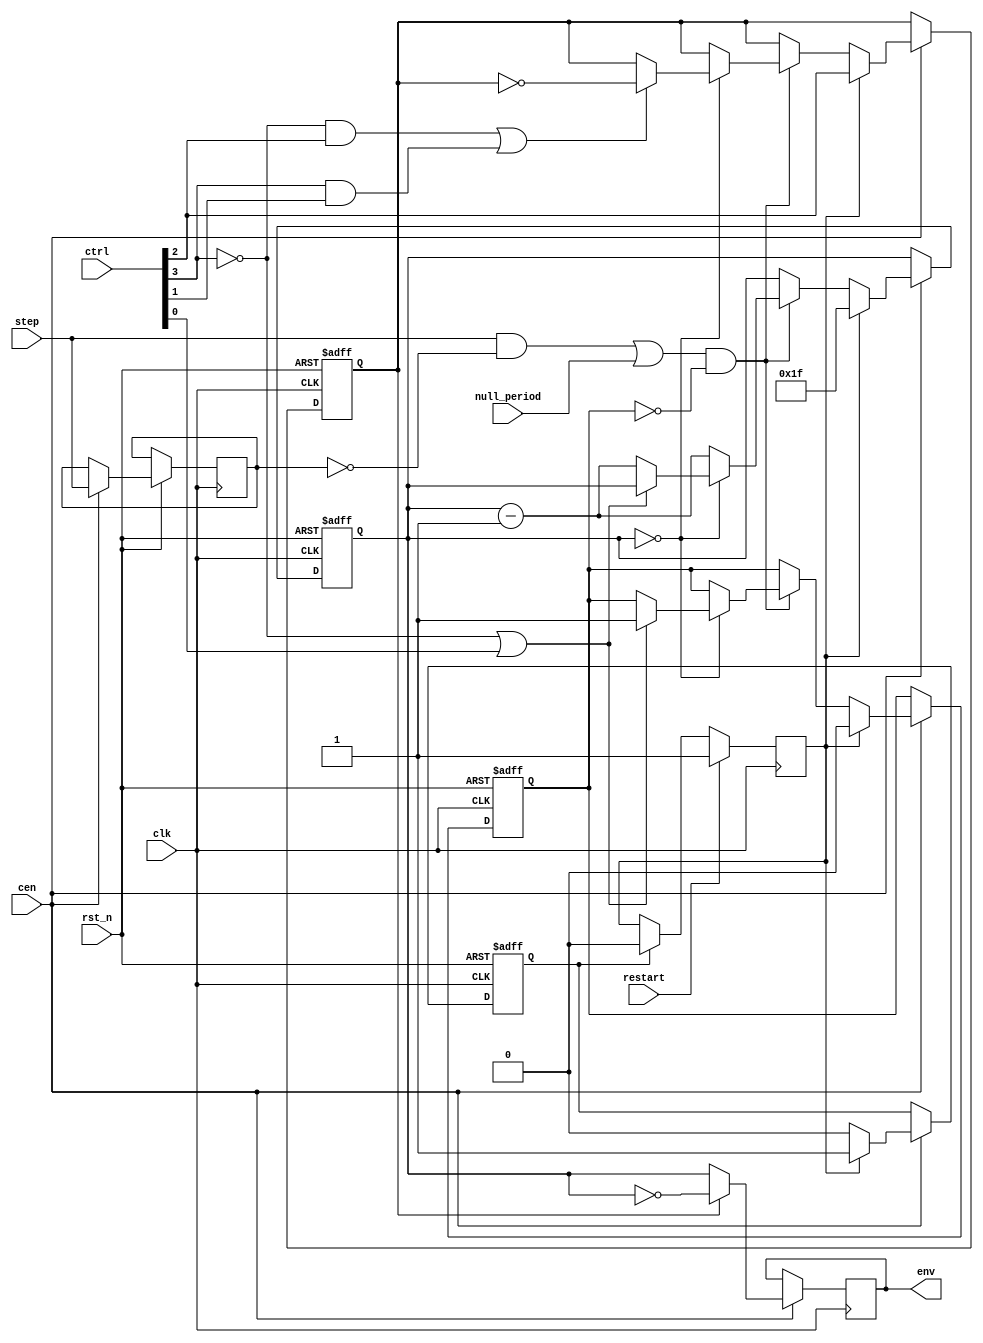
/*  This file is part of JT49.

    JT49 is free software: you can redistribute it and/or modify
    it under the terms of the GNU General Public License as published by
    the Free Software Foundation, either version 3 of the License, or
    (at your option) any later version.

    JT49 is distributed in the hope that it will be useful,
    but WITHOUT ANY WARRANTY; without even the implied warranty of
    MERCHANTABILITY or FITNESS FOR A PARTICULAR PURPOSE.  See the
    GNU General Public License for more details.

    You should have received a copy of the GNU General Public License
    along with JT49.  If not, see <http://www.gnu.org/licenses/>.
    
    Author: Jose Tejada Gomez. Twitter: @topapate
    Version: 1.0
    Date: 10-Nov-2018
    
    Based on sqmusic, by the same author
    
    */

module jt49_eg(
  input  wire      cen,
  input  wire      clk, // this is the divided down clock from the core
  input  wire      step,
  input  wire      null_period,
  input  wire      rst_n,
  input  wire      restart,
  input  wire[3:0] ctrl,
  output reg [4:0] env
);

reg inv, stop;
reg [4:0] gain;

wire CONT = ctrl[3];
wire ATT  = ctrl[2];
wire ALT  = ctrl[1];
wire HOLD = ctrl[0];

wire will_hold = !CONT || HOLD;

always @(posedge clk)
    if( cen ) env <= inv ? ~gain : gain;

reg  last_step;
wire step_edge = (step && !last_step) || null_period;
wire will_invert = (!CONT&&ATT) || (CONT&&ALT);
reg  rst_latch, rst_clr;

always @(posedge clk) begin
    if( restart ) rst_latch <= 1;
    else if(rst_clr ) rst_latch <= 0;
end

always @( posedge clk, negedge rst_n )
    if( !rst_n) begin
        gain    <= 5'h1F;
        inv     <= 0;
        stop    <= 0;
        rst_clr <= 0;
    end
    else if( cen ) begin
        last_step <= step;
        if( rst_latch ) begin
            gain    <= 5'h1F;
            inv     <= ATT;
            stop    <= 1'b0;
            rst_clr <= 1;
        end
        else begin
            rst_clr <= 0;
            if (step_edge && !stop) begin
                if( gain==5'h00 ) begin
                    if( will_hold )
                        stop <= 1'b1;
                    else
                        gain <= gain-5'b1;
                    if( will_invert ) inv<=~inv;
                end
                else gain <= gain-5'b1;
            end
        end
    end

endmodule